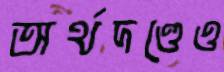
অর্থদণ্ডেও